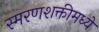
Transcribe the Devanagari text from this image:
स्मरणशक्तीमध्ये